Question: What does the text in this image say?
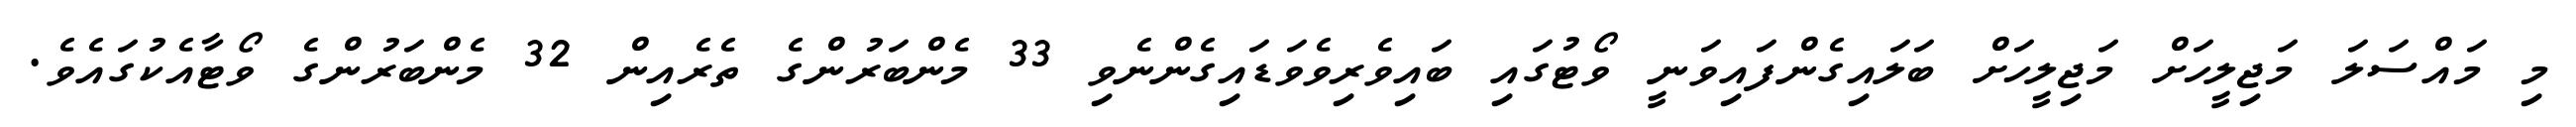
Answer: މި މައްސަލަ މަޖިލީހަށް މަޖިލީހަށް ބަލައިގެންފައިވަނީ ވޯޓުގައި ބައިވެރިވެވަޑައިގެންނެވި 33 މެންބަރުންގެ ތެރެއިން 32 މެންބަރުންގެ ވޯޓާއެކުގައެވެ.